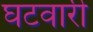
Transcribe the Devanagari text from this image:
घटवारी